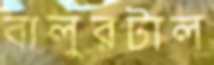
বালুরটাল